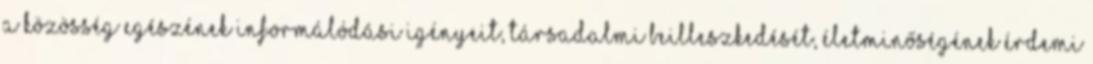
a közösség egészének informálódási igényeit, társadalmi beilleszkedését, életminőségének érdemi